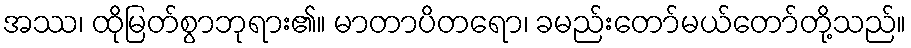
အဿ၊ ထိုမြတ်စွာဘုရား၏။ မာတာပိတရော၊ ခမည်းတော်မယ်တော်တို့သည်။